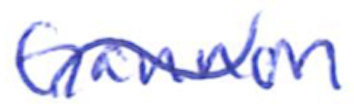
Text: Gannon
Cross-out: wave
Writing tool: ballpoint